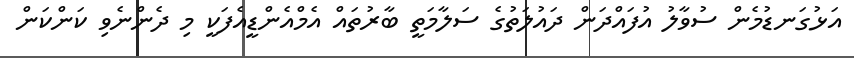
އަޅުގަނޑުމެން ސުވާލު އުފައްދަން ދައުލަތުގެ ސަލާމަތީ ބާރުތައް އެމްއެންޑީއެފަކީ މި ދެންނެވި ކަންކަން